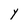
Character: Y